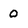
Character: o